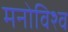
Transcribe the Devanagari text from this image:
मनोविश्व